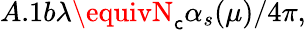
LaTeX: A.1b\lambda\equivN_{\mathsf{c}}\alpha_{s}(\mu)/4\pi,